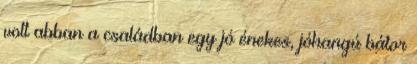
volt abban a családban egy jó énekes, jóhangú bátor